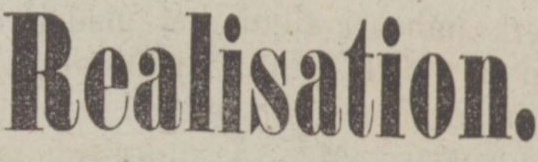
Stor Realisation.